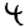
Digit: 4